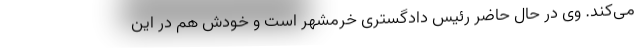
می‌کند. وی در حال حاضر رئیس دادگستری خرمشهر است و خودش هم در این